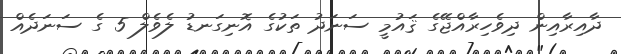
ދާއިރާއިން ދިވެހިރާއްޖޭގެ ޤައުމީ ސަނަދު ތަކުގެ އޮނިގަނޑު ލެވެލް 5 ގެ ސަނަދެއް